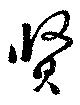
賢